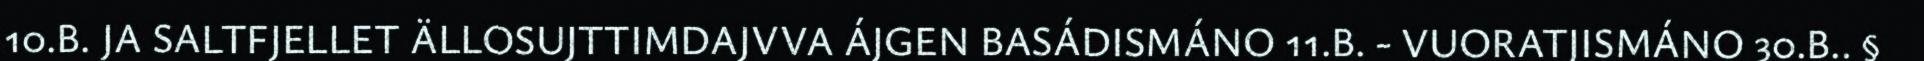
10.B. JA SALTFJELLET ÄLLOSUJTTIMDAJVVA ÁJGEN BASÁDISMÁNO 11.B. - VUORATJISMÁNO 30.B.. §